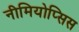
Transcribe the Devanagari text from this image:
नीमियोप्सिस